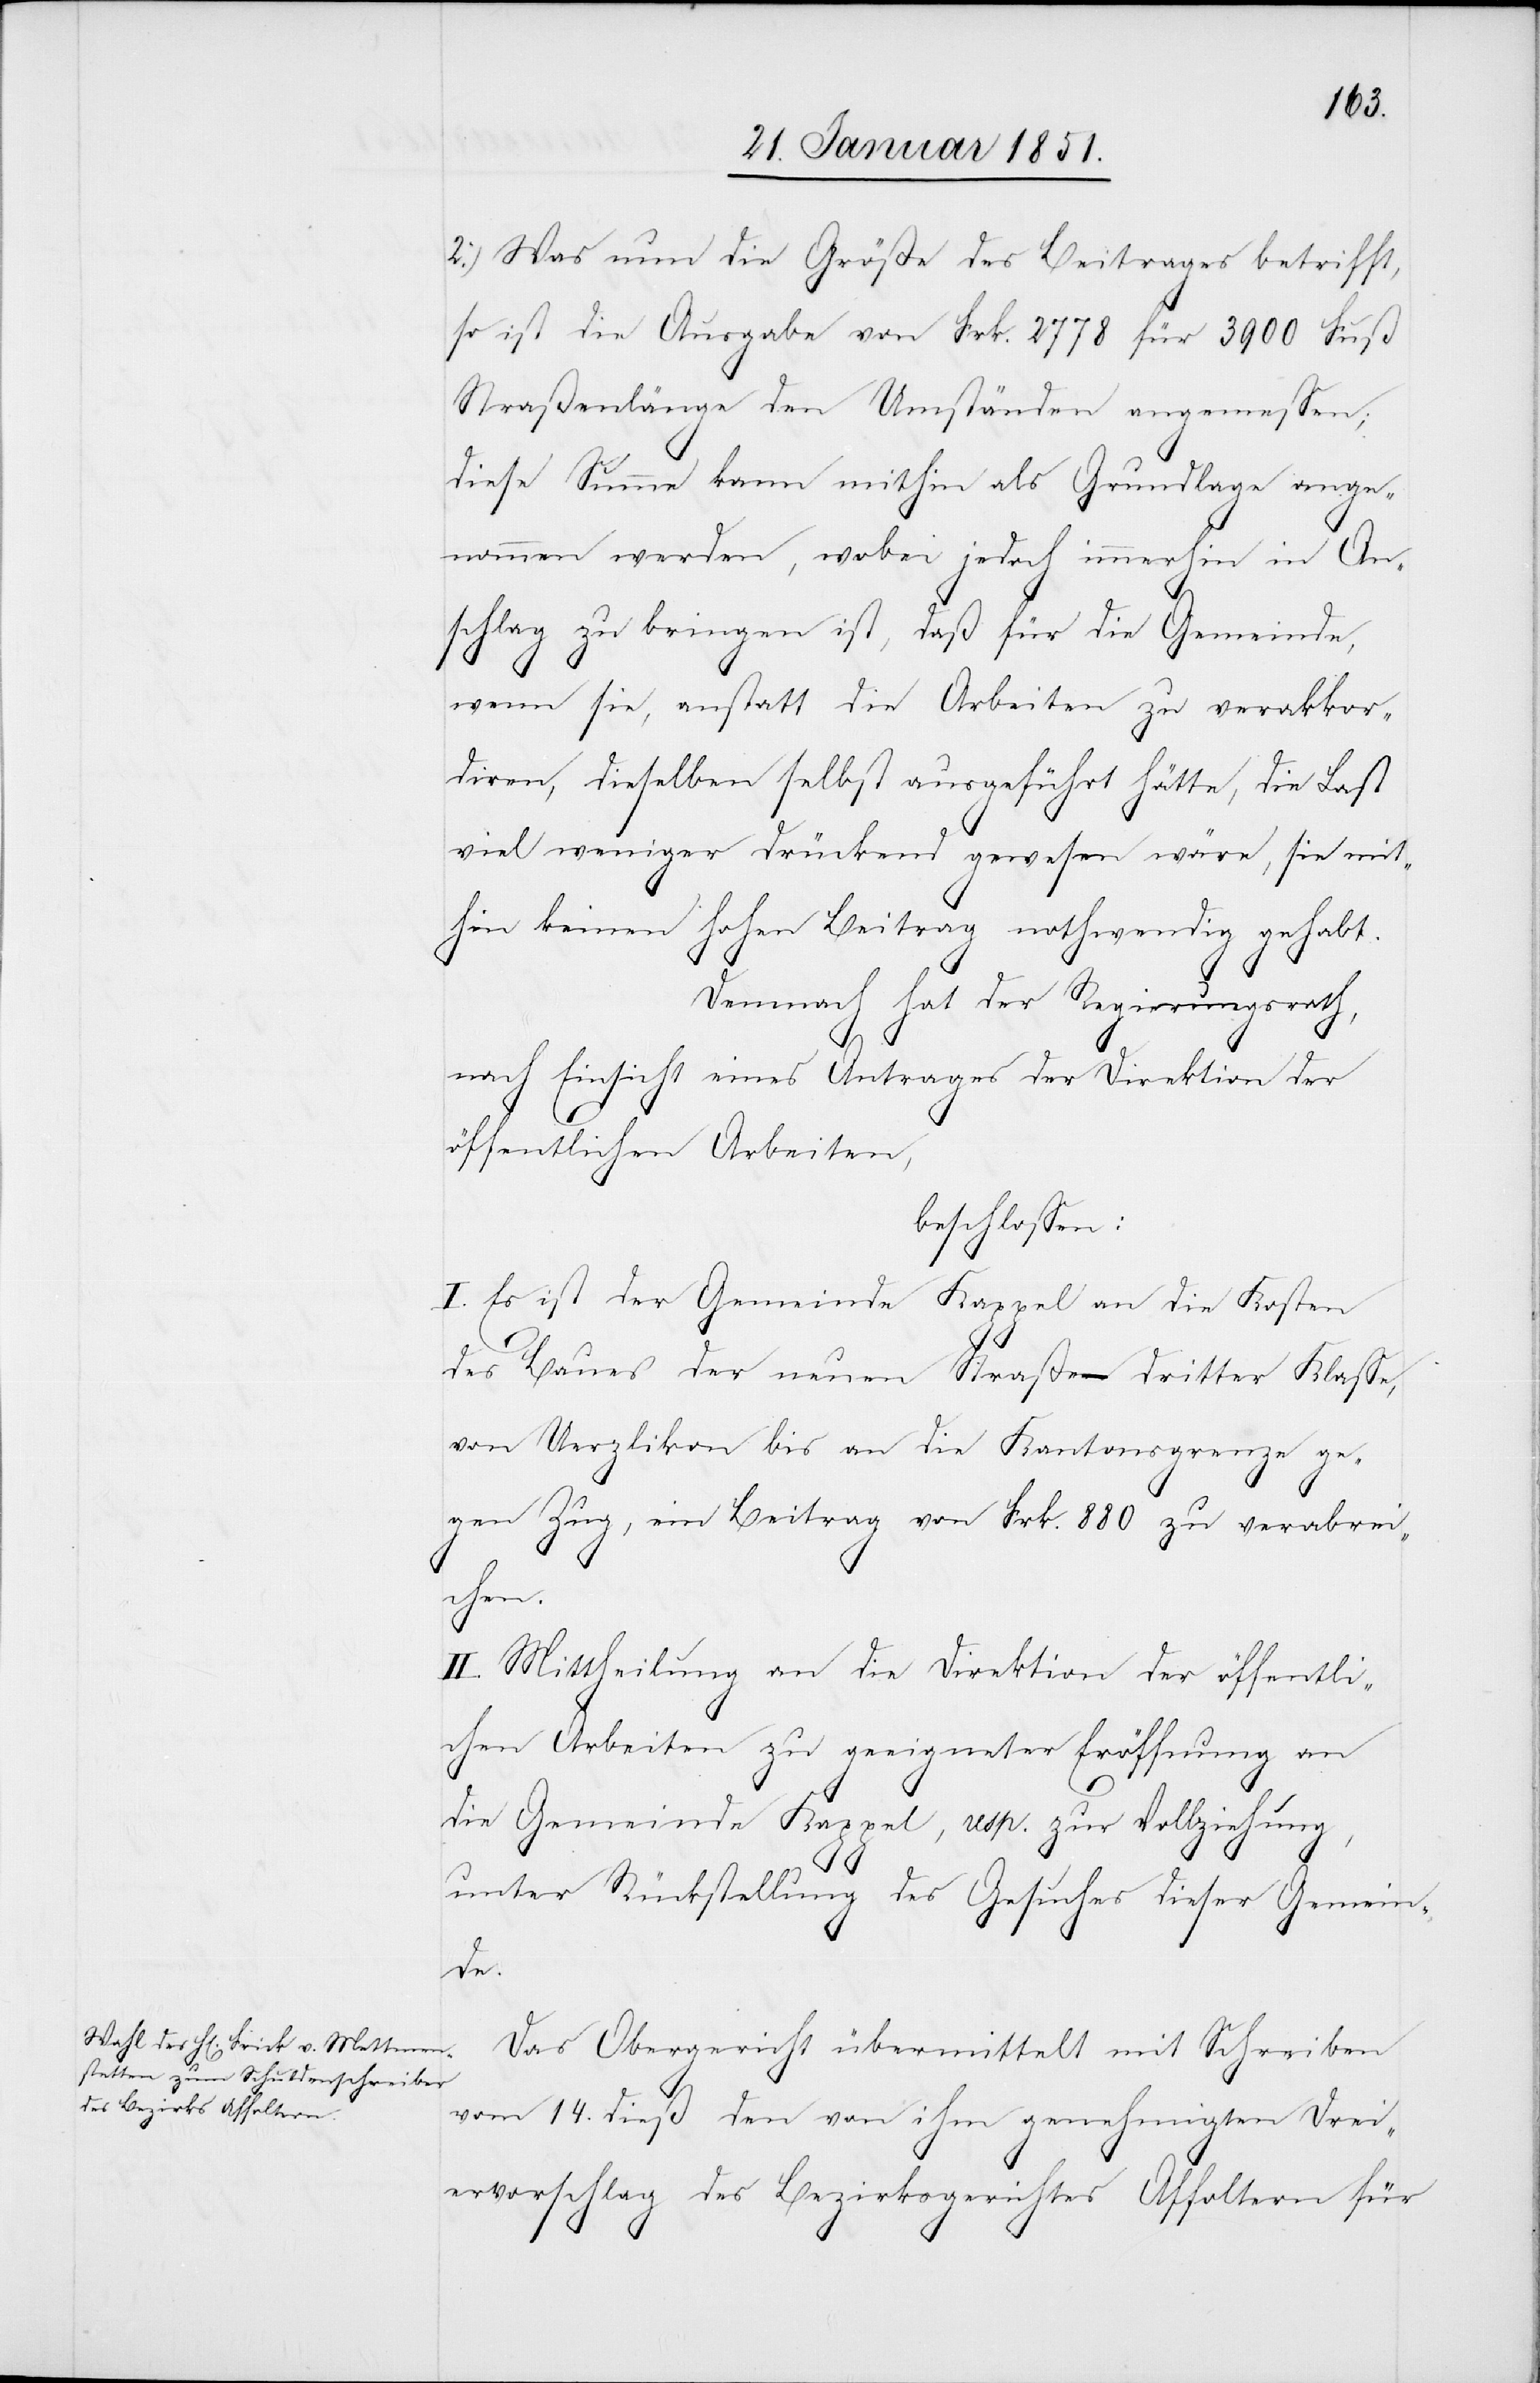
2.) Was nun die Größe des Beitrages betrifft,
so ist die Ausgabe von Frk. 2778 für 3900 Fuß
Straßenlänge den Umständen angemessen;
diese Summe kann mithin als Grundlage ange¬
nommen werden, wobei jedoch immerhin in An¬
schlag zu bringen ist, daß für die Gemeinde,
wenn sie, anstatt die Arbeiten zu verakkor¬
diren, dieselben selbst ausgeführt hätte, die Last
viel weniger drückend gewesen wäre, sie mit¬
hin keinen hohen Beitrag nothwendig gehabt.
Demnach hat der Regierungsrath,
nach Einsicht eines Antrages der Direktion der
öffentlichen Arbeiten,
beschlossen:
I. Es ist der Gemeinde Kappel an die Kosten
des Baues der neuen Straße dritter Klasse,
von Uerzlikon bis an die Kantonsgrenze ge¬
gen Zug, ein Beitrag von Frk. 880 zu verabrei¬
chen.
II. Mittheilung an die Direktion der öffentli¬
chen Arbeiten zu geeigneter Eröffnung an
die Gemeinde Kappel, resp. zur Vollziehung,
unter Rückstellung des Gesuches dieser Gemein¬
de.
Das Obergericht übermittelt mit Schreiben
vom 14. dieß den von ihm genehmigten Drei¬
ervorschlag des Bezirksgerichtes Affoltern für